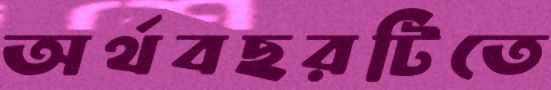
অর্থবছরটিতে